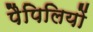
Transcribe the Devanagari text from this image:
पैपिलियों